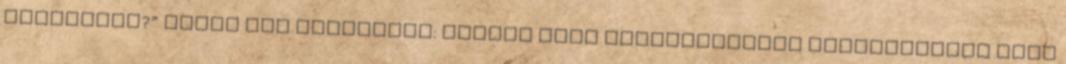
forinttal?” Aztán így folytatta: „Előre látó cégvezetőként gondoskodnom kell